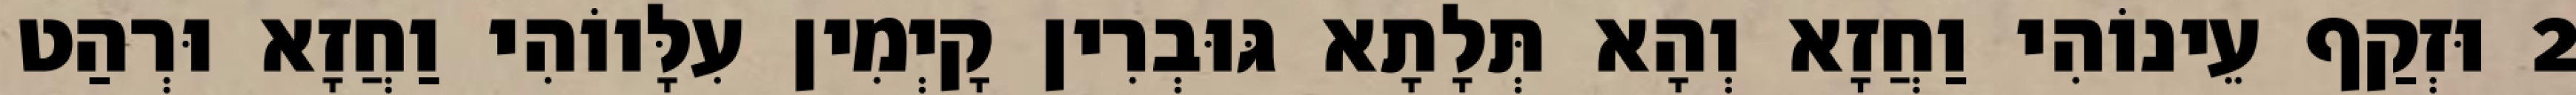
2 וּזְקַף עֵינוֹהִי וַחֲזָא וְהָא תְּלָתָא גּוּבְרִין קָיְמִין עִלָּווֹהִי וַחֲזָא וּרְהַט